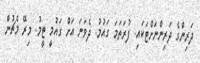
ދަރިންގެ ދަރިންނަށްޓަކައި. ފުރަތަމަ ގައުމު. ދެވަނަ އަށް ގައުމީ ޓީމު. މިރޭ މެޗުން